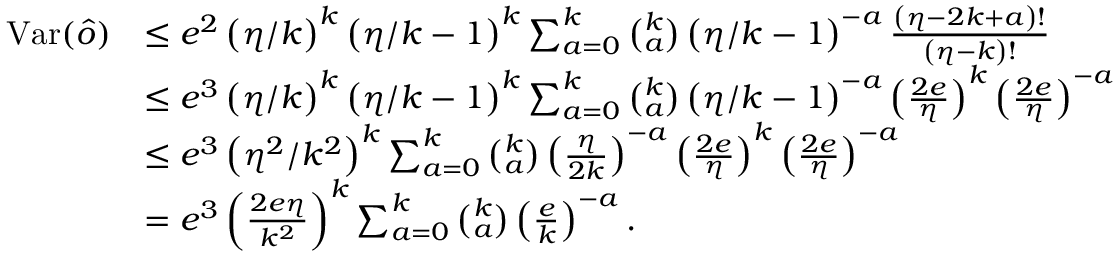
\begin{array} { r l } { \mathrm { V a r } ( \hat { o } ) } & { \leq e ^ { 2 } \left( \eta / k \right) ^ { k } \left( \eta / k - 1 \right) ^ { k } \sum _ { a = 0 } ^ { k } \binom { k } { a } \left( \eta / k - 1 \right) ^ { - a } \frac { \left( \eta - 2 k + a \right) ! } { \left( \eta - k \right) ! } } \\ & { \leq e ^ { 3 } \left( \eta / k \right) ^ { k } \left( \eta / k - 1 \right) ^ { k } \sum _ { a = 0 } ^ { k } \binom { k } { a } \left( \eta / k - 1 \right) ^ { - a } \left( \frac { 2 e } { \eta } \right) ^ { k } \left( \frac { 2 e } { \eta } \right) ^ { - a } } \\ & { \leq e ^ { 3 } \left( \eta ^ { 2 } / k ^ { 2 } \right) ^ { k } \sum _ { a = 0 } ^ { k } \binom { k } { a } \left( \frac { \eta } { 2 k } \right) ^ { - a } \left( \frac { 2 e } { \eta } \right) ^ { k } \left( \frac { 2 e } { \eta } \right) ^ { - a } } \\ & { = e ^ { 3 } \left( \frac { 2 e \eta } { k ^ { 2 } } \right) ^ { k } \sum _ { a = 0 } ^ { k } \binom { k } { a } \left( \frac { e } { k } \right) ^ { - a } . } \end{array}